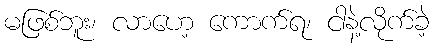
မဖြစ်ဘူး၊ လာဟေ့ ကောက်ရ၊ ငါနဲ့လိုက်ခဲ့